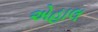
એહાલ